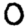
Digit: 0